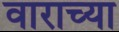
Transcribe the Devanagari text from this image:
वाराच्या